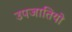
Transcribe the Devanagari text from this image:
उपजातियो